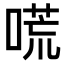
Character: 𠻄